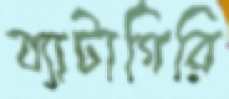
ব্যাটাগিরি